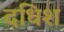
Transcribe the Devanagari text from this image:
दधिश